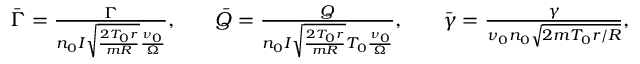
\begin{array} { r l r l r } { \bar { \Gamma } = \frac { \Gamma } { n _ { 0 } I \sqrt { \frac { 2 T _ { 0 } r } { m R } } \frac { \nu _ { 0 } } { \Omega } } , } & { } & { \bar { Q } = \frac { Q } { n _ { 0 } I \sqrt { \frac { 2 T _ { 0 } r } { m R } } T _ { 0 } \frac { \nu _ { 0 } } { \Omega } } , } & { } & { \bar { \gamma } = \frac { \gamma } { \nu _ { 0 } n _ { 0 } \sqrt { 2 m T _ { 0 } r / R } } , } \end{array}